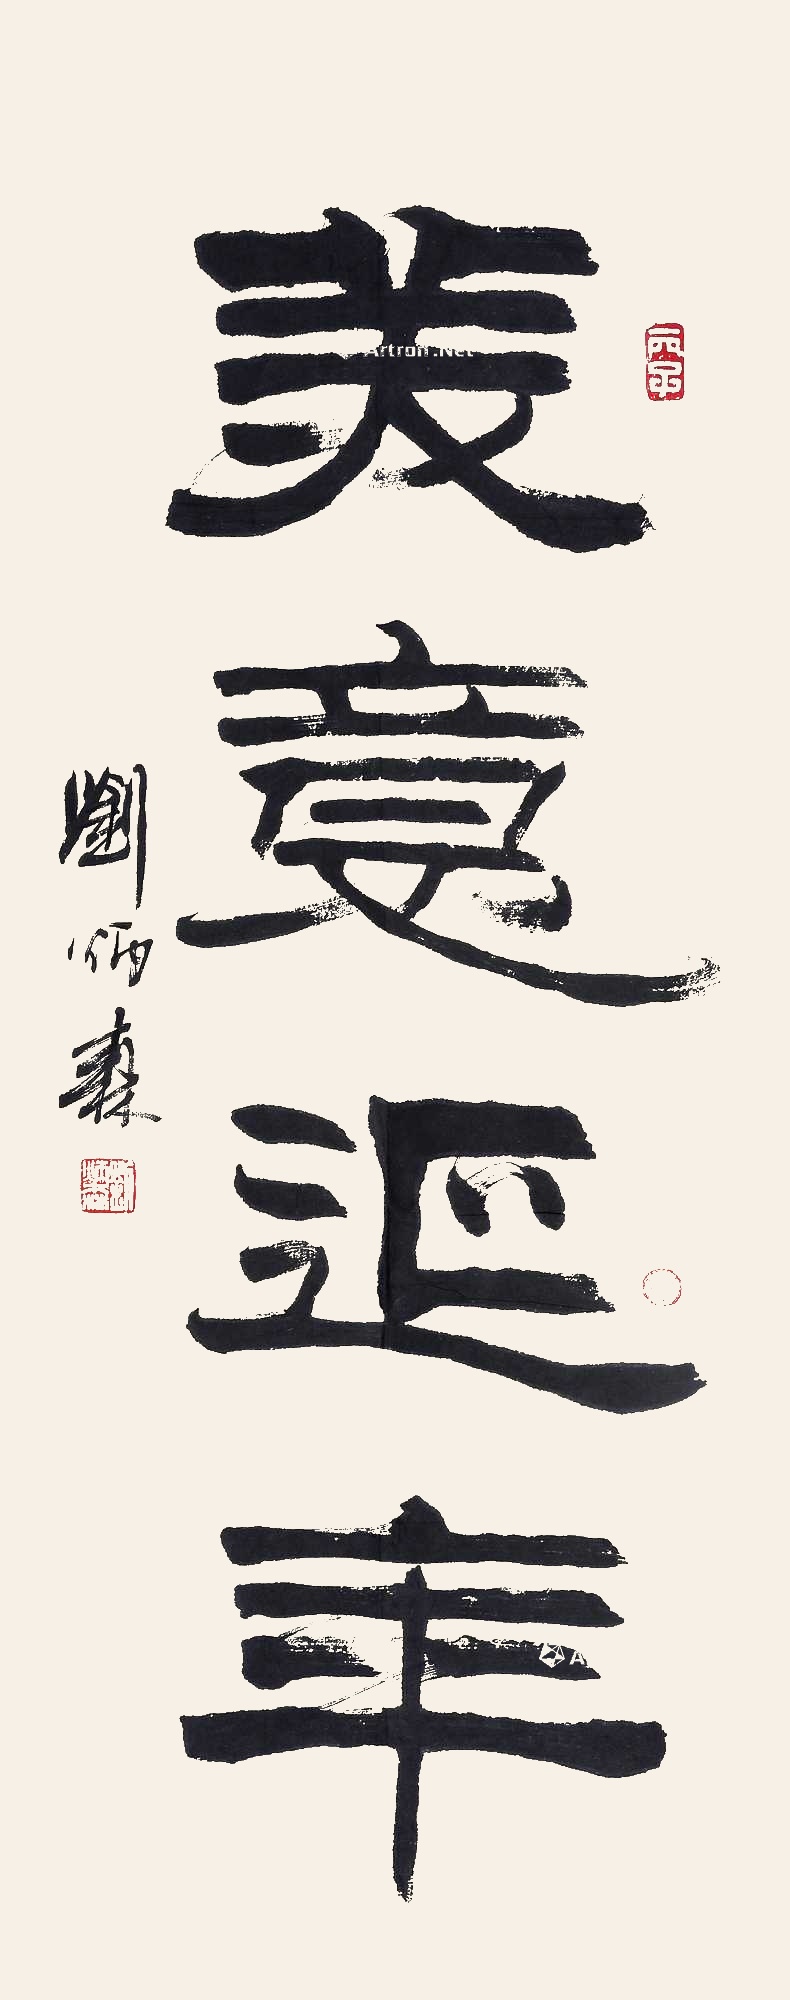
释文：美意延年刘炳森。